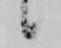
候